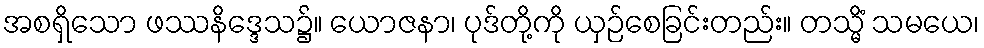
အစရှိသော ဖဿနိဒ္ဒေသ၌။ ယောဇနာ၊ ပုဒ်တို့ကို ယှဉ်စေခြင်းတည်း။ တသ္မိံ သမယေ၊